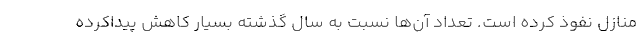
منازل نفوذ کرده است. تعداد آن‌ها نسبت به سال گذشته بسیار کاهش پیداکرده